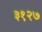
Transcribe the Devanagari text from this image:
३१२७